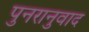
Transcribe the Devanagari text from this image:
पुनरानुवाद